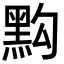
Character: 𪐯